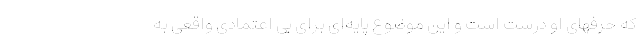
که حرفهای او درست است و این موضوع پایه‌ای برای بی اعتمادی واقعی به